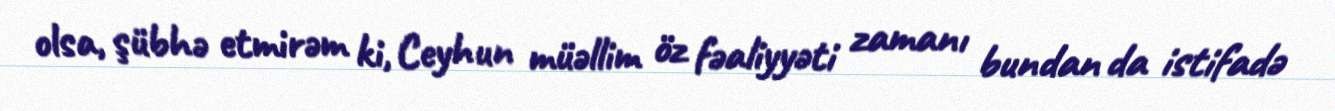
olsa, şübhə etmirəm ki, Ceyhun müəllim öz fəaliyyəti zamanı bundan da istifadə